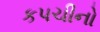
કપચીનો